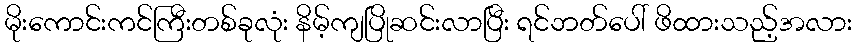
မိုးကောင်းကင်ကြီးတစ်ခုလုံး နိမ့်ကျပြိုဆင်းလာပြီး ရင်ဘတ်ပေါ် ဖိထားသည့်အလား